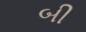
બી